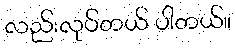
လည်းလုပ်တယ် ပါတယ်။